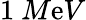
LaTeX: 1\ M\mathrm{e}V